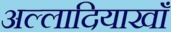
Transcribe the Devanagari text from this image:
अल्लादियाखाँ